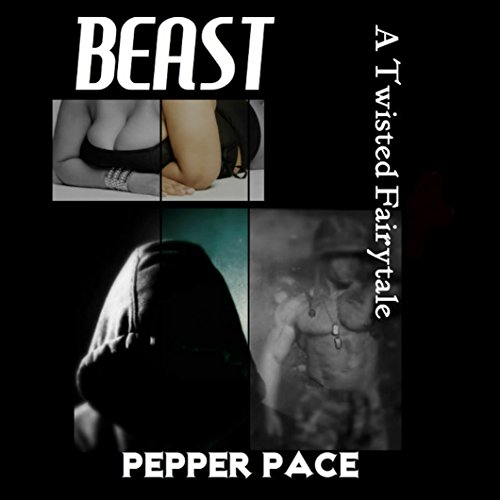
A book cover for Beast; Pepper Pace; Romance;